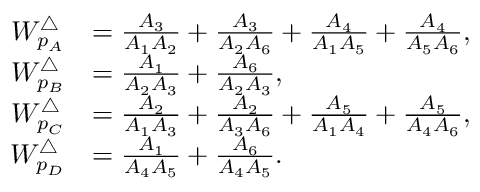
\begin{array} { r l } { W _ { p _ { A } } ^ { \triangle } } & { = \frac { A _ { 3 } } { A _ { 1 } A _ { 2 } } + \frac { A _ { 3 } } { A _ { 2 } A _ { 6 } } + \frac { A _ { 4 } } { A _ { 1 } A _ { 5 } } + \frac { A _ { 4 } } { A _ { 5 } A _ { 6 } } , } \\ { W _ { p _ { B } } ^ { \triangle } } & { = \frac { A _ { 1 } } { A _ { 2 } A _ { 3 } } + \frac { A _ { 6 } } { A _ { 2 } A _ { 3 } } , } \\ { W _ { p _ { C } } ^ { \triangle } } & { = \frac { A _ { 2 } } { A _ { 1 } A _ { 3 } } + \frac { A _ { 2 } } { A _ { 3 } A _ { 6 } } + \frac { A _ { 5 } } { A _ { 1 } A _ { 4 } } + \frac { A _ { 5 } } { A _ { 4 } A _ { 6 } } , } \\ { W _ { p _ { D } } ^ { \triangle } } & { = \frac { A _ { 1 } } { A _ { 4 } A _ { 5 } } + \frac { A _ { 6 } } { A _ { 4 } A _ { 5 } } . } \end{array}